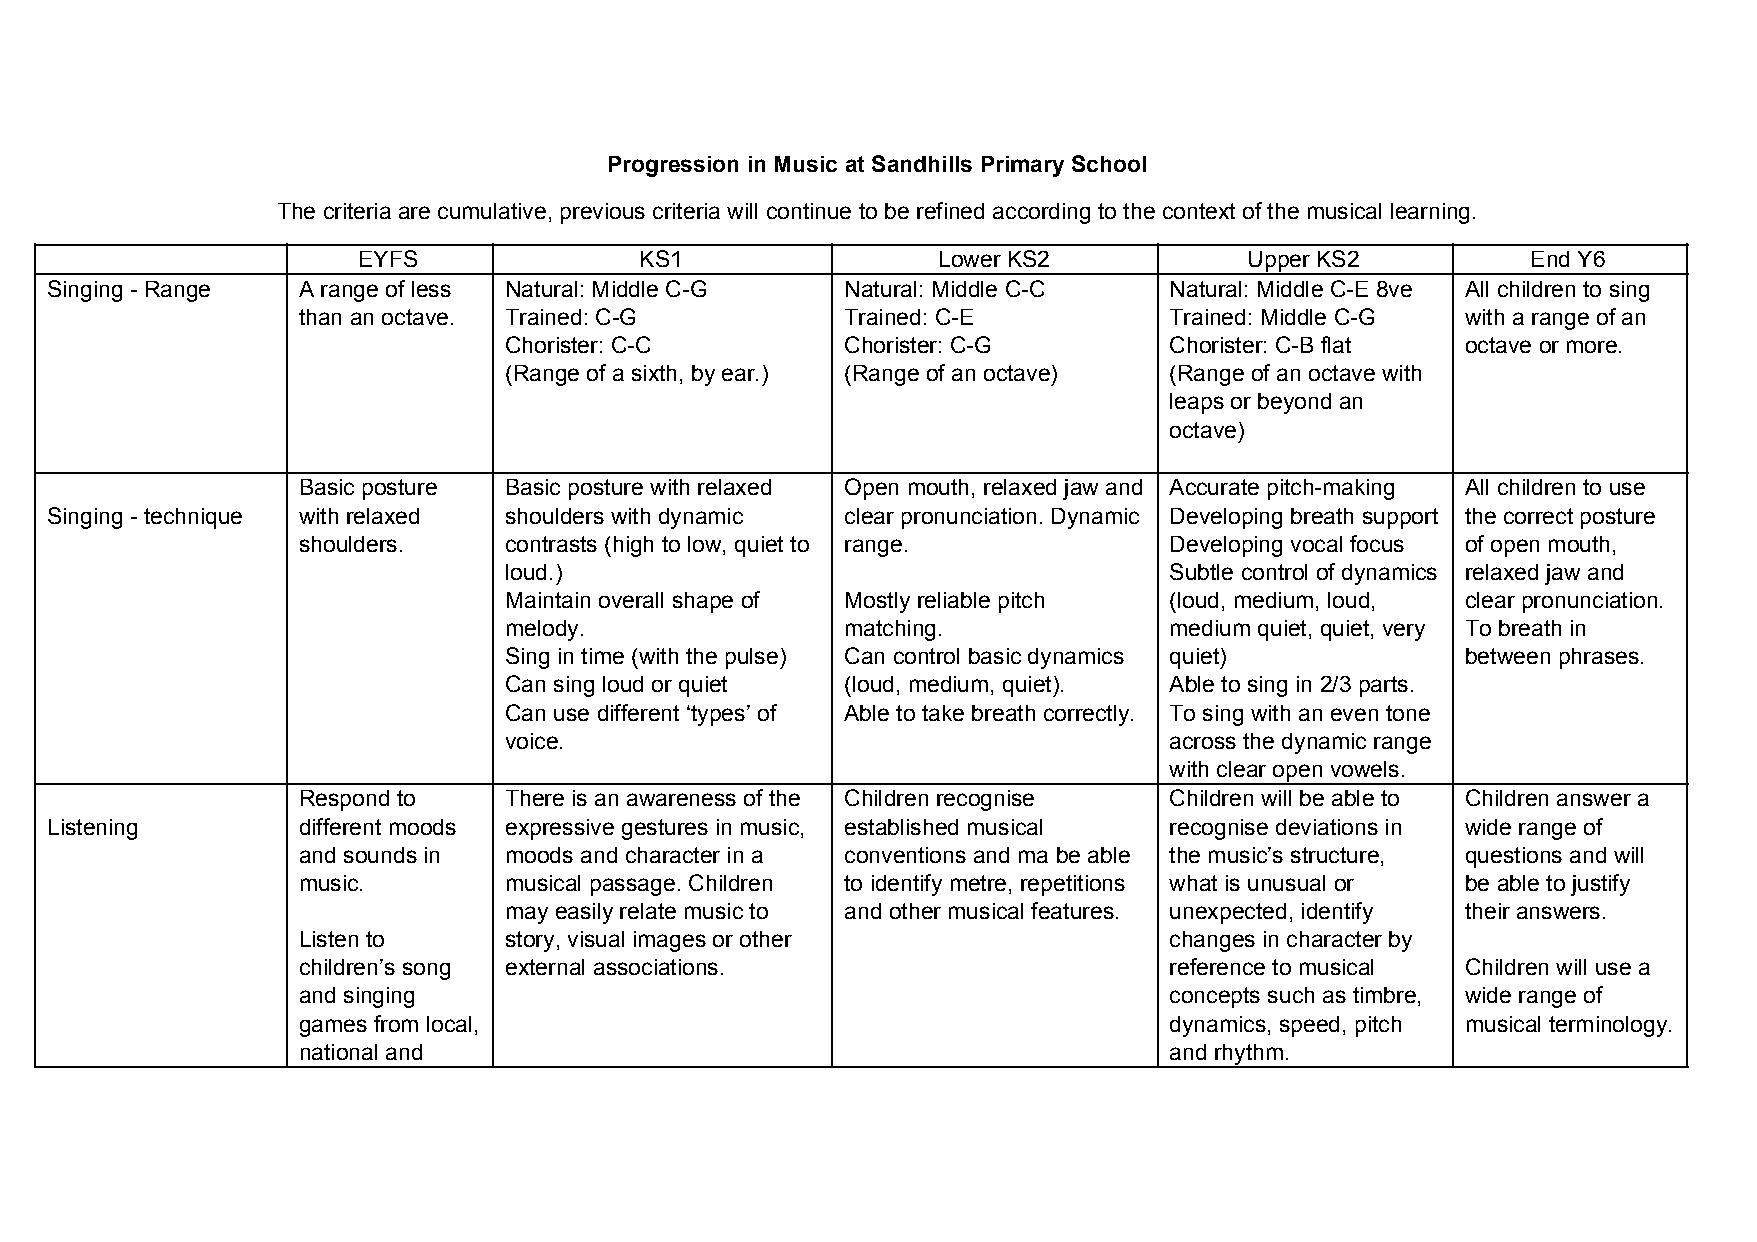
Progression in Music at Sandhills Primary School
 The criteria are cumulative, previous criteria will continue to be refined according to the context of the musical learning.
 EYFS              KS1                 Lower KS2            Upper KS2         End Y6
 Singing - Range  A range of less Natural: Middle C-G Natural: Middle C-C  Natural: Middle C-E 8ve All children to sing
 than an octave. Trained: C-G        Trained: C-E         Trained: Middle C-G with a range of an
 Chorister: C-C         Chorister: C-G       Chorister: C-B flat octave or more.
 (Range of a sixth, by ear.) (Range of an octave) (Range of an octave with
 leaps or beyond an
 octave)
 Basic posture Basic posture with relaxed Open mouth, relaxed jaw and Accurate pitch-making All children to use
 Singing - technique with relaxed shoulders with dynamic clear pronunciation. Dynamic Developing breath support the correct posture
 shoulders.   contrasts (high to low, quiet to range.     Developing vocal focus of open mouth,
 loud.)                                      Subtle control of dynamics relaxed jaw and
 Maintain overall shape of Mostly reliable pitch (loud, medium, loud, clear pronunciation.
 melody.                matching.            medium quiet, quiet, very To breath in
 Sing in time (with the pulse) Can control basic dynamics quiet) between phrases.
 Can sing loud or quiet (loud, medium, quiet). Able to sing in 2/3 parts.
 Can use different ‘types’ of Able to take breath correctly. To sing with an even tone
 voice.                                      across the dynamic range
 with clear open vowels.
 Respond to   There is an awareness of the Children recognise Children will be able to Children answer a
 Listening        different moods expressive gestures in music, established musical recognise deviations in wide range of
 and sounds in moods and character in a conventions and ma be able the music’s structure, questions and will
 music.       musical passage. Children to identify metre, repetitions what is unusual or be able to justify
 may easily relate music to and other musical features. unexpected, identify their answers.
 Listen to    story, visual images or other               changes in character by
 children’s song external associations.                   reference to musical Children will use a
 and singing                                              concepts such as timbre, wide range of
 games from local,                                        dynamics, speed, pitch musical terminology.
 national and                                             and rhythm.